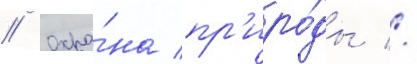
// Охра́на пр'иро́ды //